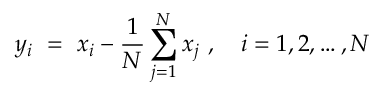
y _ { i } \ = \ x _ { i } - \frac { 1 } { N } \sum _ { j = 1 } ^ { N } x _ { j } \ , \quad i = 1 , 2 , \ldots , N